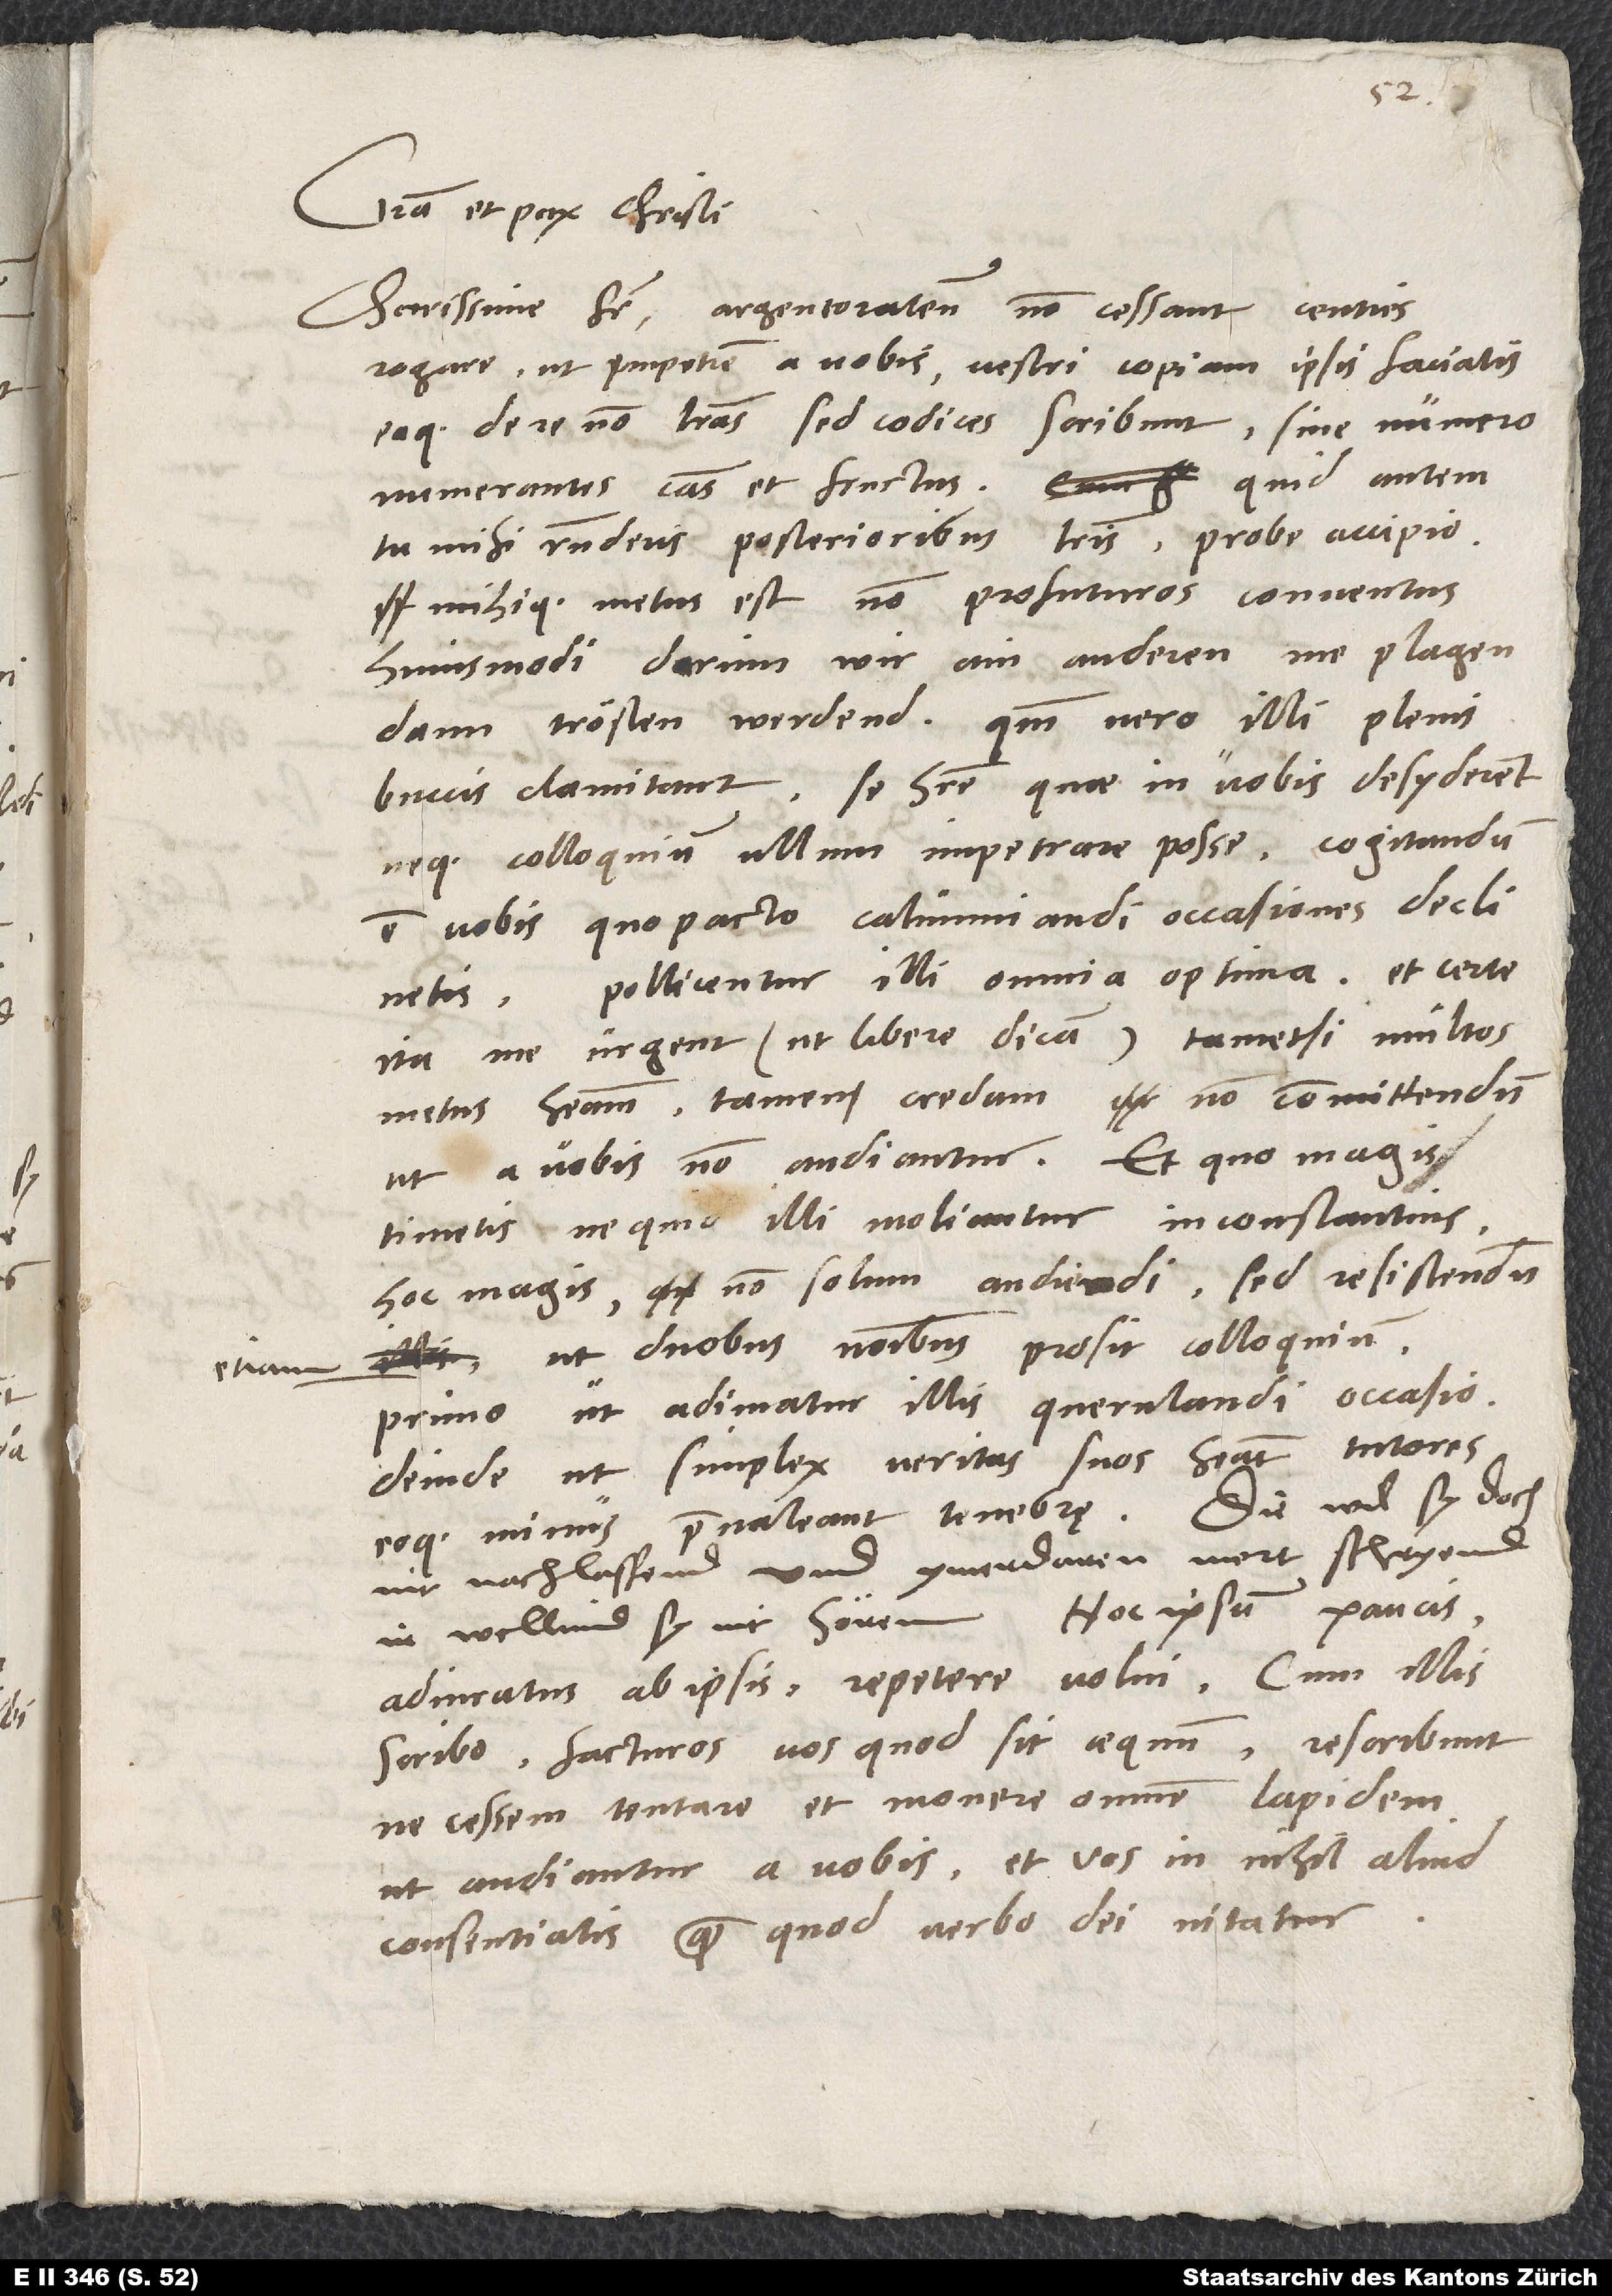
Gratia et pax Christi.
Charissime frater, Argentoratenses non cessant centies
rogare, ut impetrem a vobis, vestri copiam ipsis faciatis,
eaque de re non literas, sed codices scribunt sine numero
numerantes causas et fructus. Quid autem
tu mihi responderis posterioribus literis, probe accipio
mihique metus est non profuturos conventus
huismodi, darinn wir ain anderen me plagen
dann trösten werdend. Quoniam vero illi plenis
buccis clamitant se habere, quae in vobis desyderent,
neque colloquium ullum impetrare posse, cogitandum
est vobis, quo pacto calumniandi occasiones declinetis.
Pollicentur illi omnia optima et certe
ita me urgent (ut libere dicam), tametsi multos
metus habeam, tamen credam non committendum,
ut a vobis non audiantur. Et quo magis
timetis, ne quid illi moliantur inconstantius,
hoc magis non solum audiendi, sed resistendum
ut duobus nominibus prosit colloquium:
primo, ut adimatur illis querulandi occasio,
deinde, ut simplex veritas suos habeat tutores
eoque minus praevaleant tenebrae. Die wil sy doch
nit nachlassend und ymerdaren mort schryend,
Hoc ipsum paucis
ir wellind sy nit hören.
adiuratus ab ipsis repetere volui. Cum illis
scribo facturos vos, quod sit aequum, rescribunt,
ne cessem tentare et movere omnem lapidem,
ut audiantur a vobis et vos in nihil aliud
consentiatis, quam quod verbo dei nitatur.